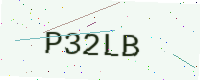
Text: P32LB